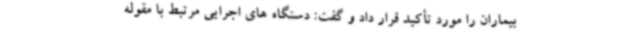
بیماران را مورد تأکید قرار داد و گفت: دستگاه های اجرایی مرتبط با مقوله